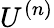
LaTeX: U^{(n)}